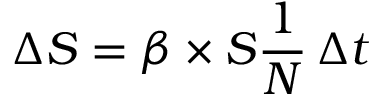
\Delta S = \beta \times S { \frac { 1 } { N } } \, \Delta t